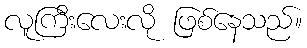
လူကြီးလေးလို ဖြစ်နေသည်။